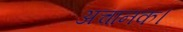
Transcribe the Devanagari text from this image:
अचानक।